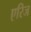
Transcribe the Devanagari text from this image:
एरिज